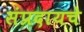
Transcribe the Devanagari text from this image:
संप्रदायचे